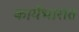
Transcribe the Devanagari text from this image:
कार्यभारात